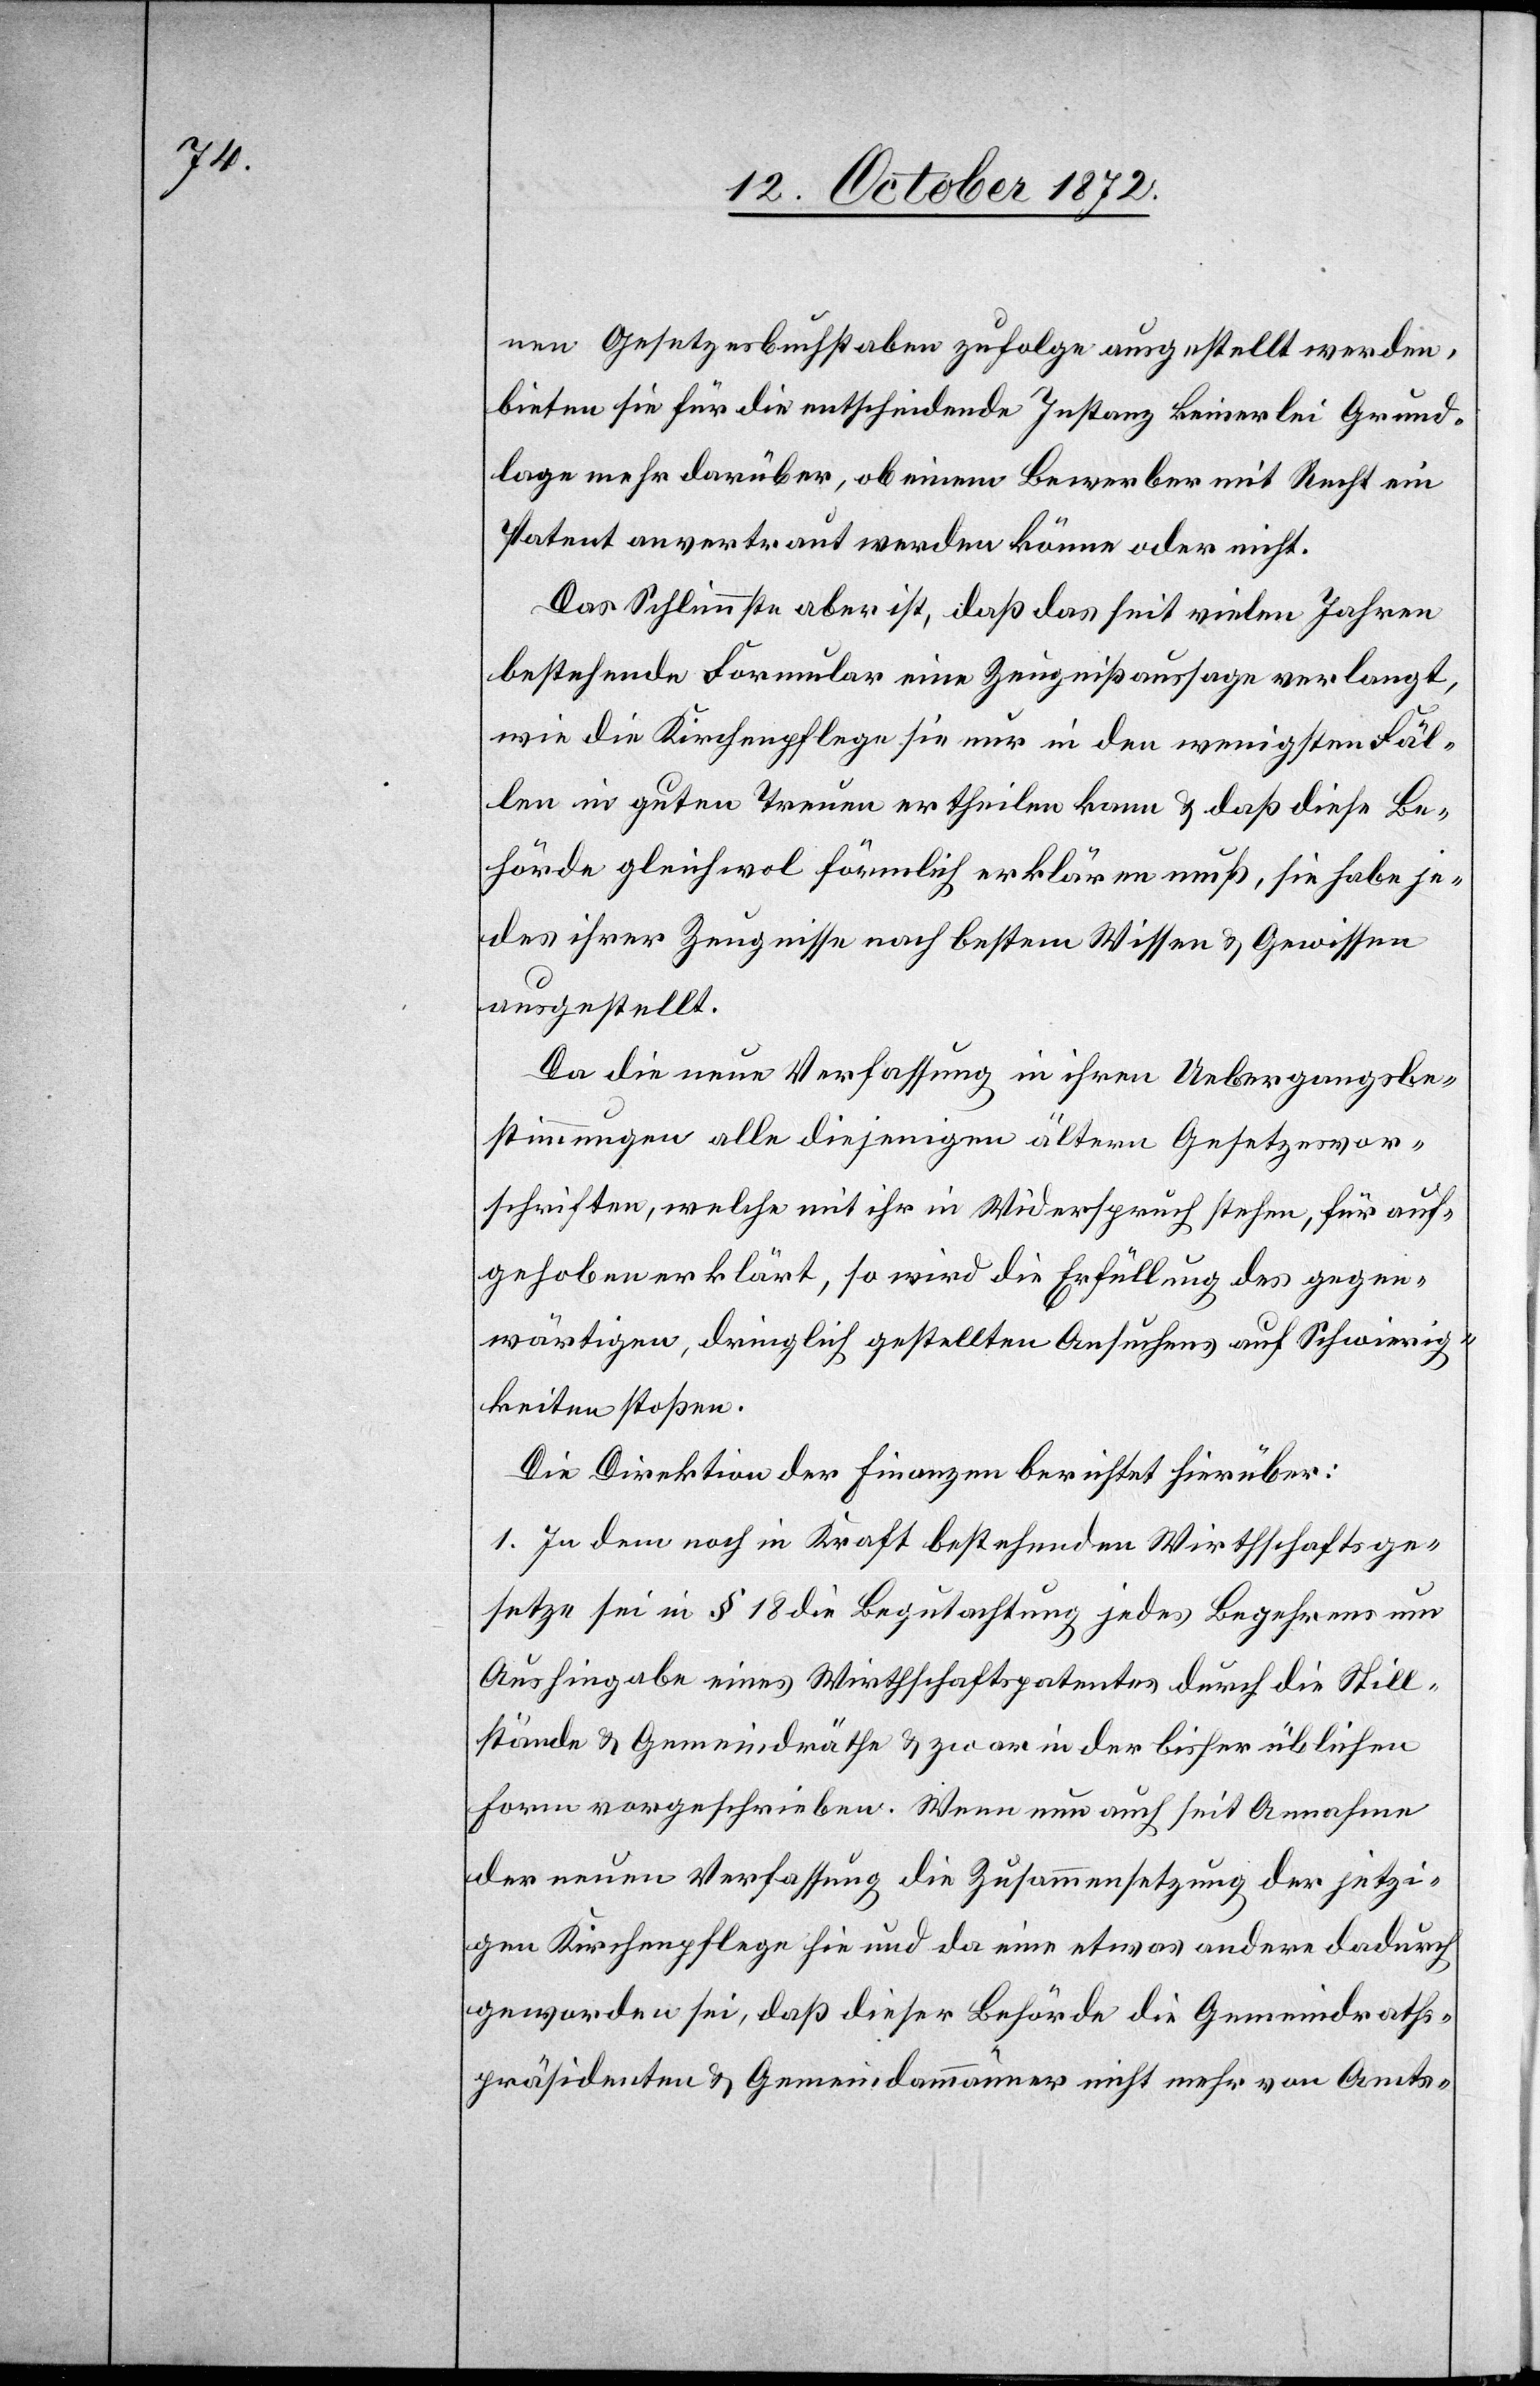
nen Gesetzesbuchstaben zufolge ausgestellt werden,
bieten sie für die entscheidende Instanz keinerlei Grund¬
lage mehr darüber, ob einem Bewerber mit Recht ein
Patent anvertraut werden könne oder nicht.
Das Schlimmste aber ist, daß das seit vielen Jahren
bestehende Formular eine Zeugnißaussage verlangt,
wie die Kirchenpflege sie nur in den wenigsten Fäl¬
len in guten Treuen ertheilen kann u. daß diese Be¬
hörde gleich wol förmlich erklären muß, sie habe je¬
des ihrer Zeugnisse nach bestem Wissen u. Gewissen
ausgestellt.
Da die neue Verfassung in ihren Uebergangsbe¬
stimmungen alle diejenigen ältern Gesetzvor¬
schriften, welche mit ihr in Widerspruch stehen, für auf¬
gehoben erklärt, so wird die Erfüllung des gegen¬
wärtigen, dinglich gestellten Ansuchens auf Schwierig¬
keiten stoßen.
Die Direktion der Finanzen berichtet hierüber:
1. In dem noch in Kraft bestehenden Wirthschaftsge¬
setze sei in § 18 die Begutachtung jedes Begehrens um
Aushingabe eines Wirthschaftspatentes durch die Still¬
stände u. Gemeindräthe u. zwar in der bisher üblichen
Form vorgeschrieben. Wenn nun auch seit Annahme
der neuen Verfassung die Zusammensetzung der jetzi¬
gen Kirchenpflege hie und da eine etwas andere dadurch
geworden sei, daß dieser Behörde die Gemeindraths¬
präsidenten u. Gemeindammänner nicht mehr von Amts-